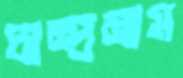
চান্দ্রমাস